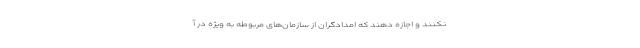
نکنند و اجازه دهند که امدادگران از سازمان‌های مربوطه به ویژه در آ